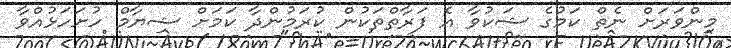
މިންވަރަށް ނެތް ކަމުގެ ޝަކުވާ އެ ފަރާތްތަކުން ކުރަމުންދާ ކަމަށް ޝިޔާމް ހުށަހަޅުއްވާ